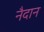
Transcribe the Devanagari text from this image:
नैदान